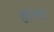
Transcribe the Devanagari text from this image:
हेरिया